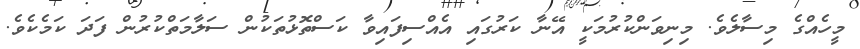
މީހެއްގެ މިސާލެވެ. މިނިވަންކުރުމަކީ އޭނާ ކަރުގައި އެއްސިފައިވާ ކަސްތޮޅުތަކުން ސަލާމަތްކުރުން ފަދަ ކަމެކެވެ.